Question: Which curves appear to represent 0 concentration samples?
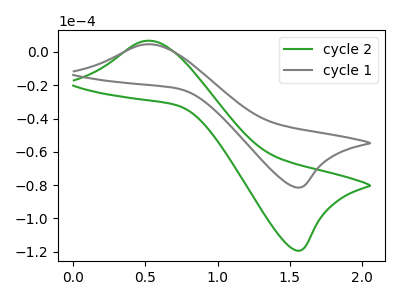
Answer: <think>The green curve "cycle 2" has an anodic peak at (0.50V, 6.75uA) and a cathodic peak at (1.55V, -119.30uA). The gray curve "cycle 1" has an anodic peak at (0.50V, 4.60uA) and a cathodic peak at (1.55V, -81.40uA).</think>
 <answer>There are not any CV's on this graph that are likely to be blanks.</answer>
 <eval>none</eval>